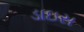
ડાઇસ